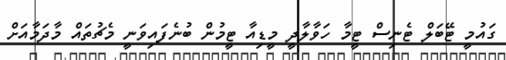
ގައުމީ ޓޭބަލް ޓެނިސް ޓީމާ ހަވާލާދީ މީޑިއާ ޓީމުން ބުނެފައިވަނީ މެޗުތައް މާދަމާއަށް